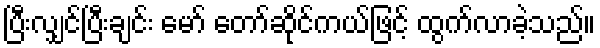
ပြီးလျှင်ပြီးချင်း မော် တော်ဆိုင်ကယ်ဖြင့် ထွက်လာခဲ့သည်။